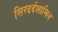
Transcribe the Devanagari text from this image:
सिरदर्दशामिल